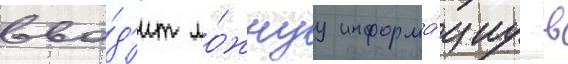
вво́д'ит ло́жнуу информа́циу в